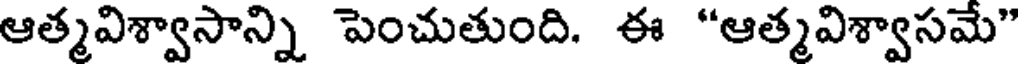
ఆత్మవిశ్వాసాన్ని పెంచుతుంది. ఈ "ఆత్మవిశ్వాసమే"